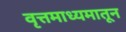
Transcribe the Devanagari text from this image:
वृत्तमाध्यमातून